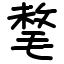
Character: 㲠